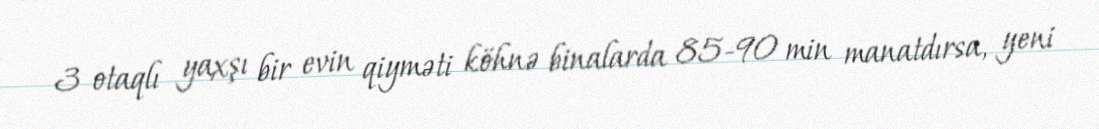
3 otaqlı yaxşı bir evin qiyməti köhnə binalarda 85-90 min manatdırsa, yeni